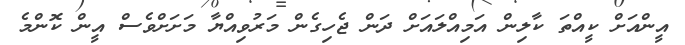
އީންއަށް ކީއްތަ ކާލިން އަމިއްލައަށް ދަން ޖެހިގެން މަރުވިއްޔާ މަށަށްވެސް އީން ކޮންމެ